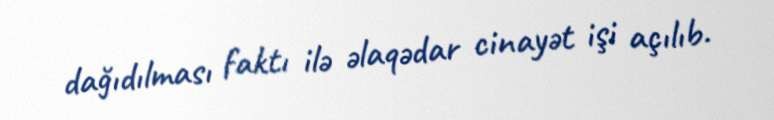
dağıdılması faktı ilə əlaqədar cinayət işi açılıb.